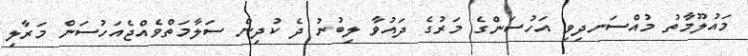
މައުލޫމާތު މުއްސަނދިވި އަހުސަންގެ މަރުގެ ދައުވާ ލިބުނު ދެ ކުދިން ސަލާމަތްވެއްޖެއަހުސަން މަރާލި